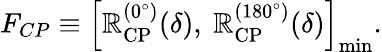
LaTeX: F_{CP}\equiv\left[\mathbb{R}_{\mathrm{{CP}}}^{(0^{\circ})}(\delta),~\mathbb{R}_{\mathrm{{CP}}}^{(180^{\circ})}(\delta)\right]_{\mathrm{{min}}}.